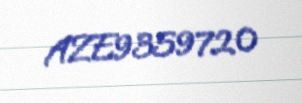
AZE9359720